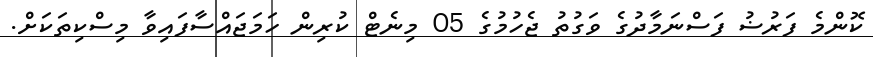
ކޮންމެ ފަރުޟު ފަސްނަމާދުގެ ވަގުތު ޖެހުމުގެ 05 މިނެޓް ކުރިން ހަމަޖައްސާފައިވާ މިސްކިތަކަށް.